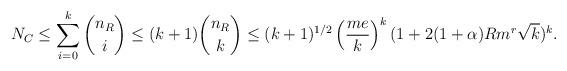
LaTeX: \begin{align*}N_C \leq \sum\limits_{i=0}^k \binom {n_R}{i} \leq (k+1)\binom{n_R}{k} \leq (k+1)^{1/2} \left(\frac{me}{k}\right)^k (1+2(1+\alpha)Rm^r\sqrt k )^k.\end{align*}